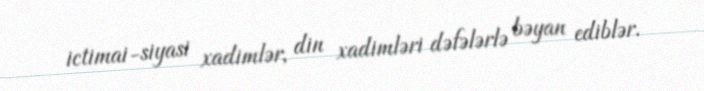
ictimai-siyasi xadimlər, din xadimləri dəfələrlə bəyan ediblər.